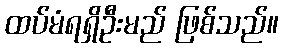
ထပ်မံရရှိဦးမည် ဖြစ်သည်။